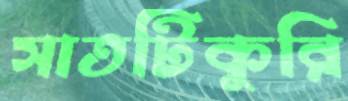
সাতটিকুরি